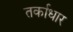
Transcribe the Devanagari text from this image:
तर्काधार